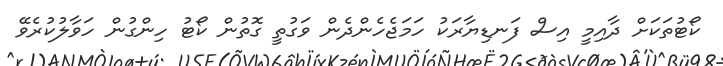
ކޯޓުތަކަށް ދާއިމީ އިސް ފަނޑިޔާރަކު ހަމަޖެހެންދެން ވަގުތީ ގޮތުން ކޯޓު ހިންގުން ހަވާލުކުރެވޭ